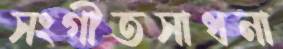
সংগীতসাধনা